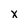
Character: x